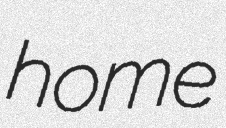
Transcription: home